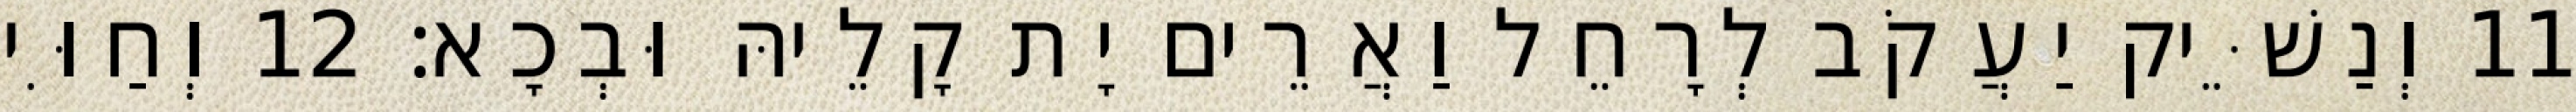
11 וְנַשֵּׁיק יַעֲקֹב לְרָחֵל וַאֲרֵים יָת קָלֵיהּ וּבְכָא׃ 12 וְחַוִּי